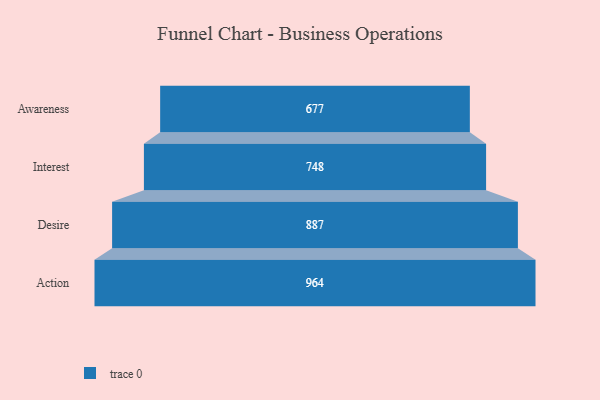
{"axis": {"x": "Stage", "y": "Value"}, "legend": [""], "data": [{"x": "Awareness", "y": 677.0, "type": ""}, {"x": "Interest", "y": 748.0, "type": ""}, {"x": "Desire", "y": 887.0, "type": ""}, {"x": "Action", "y": 964.0, "type": ""}]}